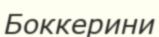
Боккерини